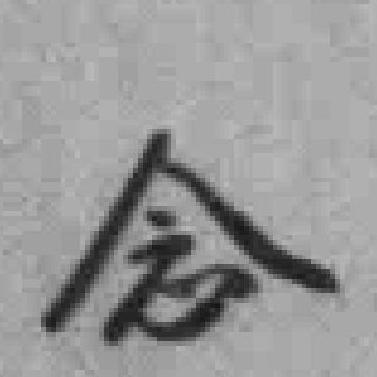
念